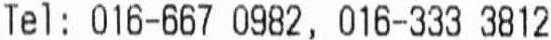
TEL : 016-667 0982 , 016-333 3812